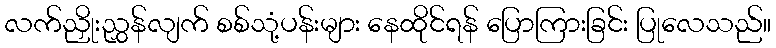
လက်ညှိုးညွှန်လျက် စစ်သုံ့ပန်းများ နေထိုင်ရန် ပြောကြားခြင်း ပြုလေသည်။